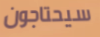
سيحتاجون